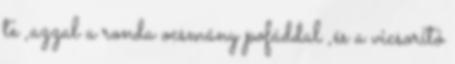
te ,azzal a ronda ocsmány pofáddal ,és a vicsorító